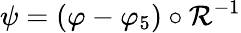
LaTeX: \psi=(\varphi-\varphi_{5})\circ\mathcal{R}^{-1}